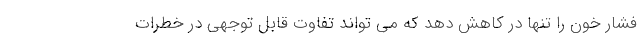
فشار خون را تنها در کاهش دهد که می تواند تفاوت قابل توجهی در خطرات